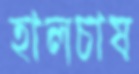
হালচাষ